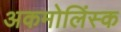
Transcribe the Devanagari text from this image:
अकमोलिंस्क